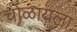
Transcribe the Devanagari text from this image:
चोळायला